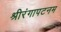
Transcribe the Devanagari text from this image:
श्रीरंगापटनम